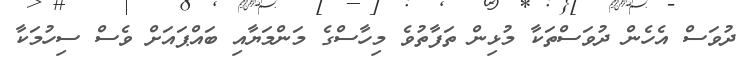
ދުވަސް އެހެން ދުވަސްތަކާ މުޅިން ތަފާތުވެ މިހާސްގެ މަންމަޔާއި ބައްޕައަށް ވެސް ސިހުމަކާ